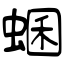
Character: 蜠